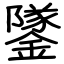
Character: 鐆